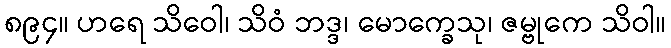
၈၉၄။ ဟရေ သိဝေါ၊ သိဝံ ဘဒ္ဒ၊ မောက္ခေသု၊ ဇမ္ဗုကေ သိဝါ။